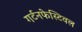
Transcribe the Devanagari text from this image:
गर्टनफेस्टिवल